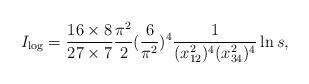
LaTeX: \begin{align*}I_{\log}=\frac{16\times 8}{27\times 7}\frac{\pi^{2}}{2}(\frac{6}{\pi^{2}})^{4}\frac{1}{(x_{12}^{2})^{4}(x_{34}^{2})^{4}}\ln s,\end{align*}